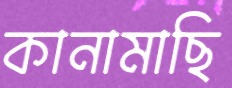
কানামাছি